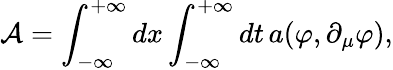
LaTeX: \mathcal{A}=\int_{-\infty}^{+\infty}dx\int_{-\infty}^{+\infty}dt\, a(\varphi,\partial_{\mu}\varphi),